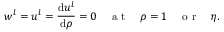
w ^ { l } = u ^ { l } = \frac { \mathrm { d } u ^ { l } } { \mathrm { d } \rho } = 0 \quad \mathrm { ~ a ~ t ~ } \quad \rho = 1 \quad \mathrm { ~ o ~ r ~ } \quad \eta .